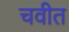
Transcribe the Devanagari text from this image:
चवीत